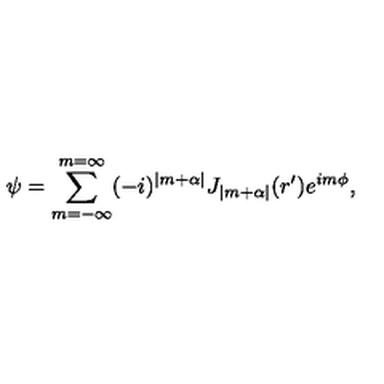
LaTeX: \psi = \sum _ { m = - \infty } ^ { m = \infty } ( - i ) ^ { | m + \alpha | } J _ { | m + \alpha | } ( r ^ { \prime } ) e ^ { i m \phi } ,